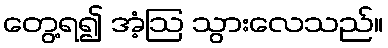
တွေ့ရ၍ အံ့ဩ သွားလေသည်။